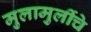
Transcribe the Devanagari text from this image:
मुलामुलींचे